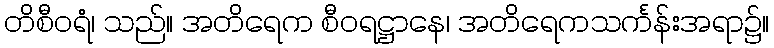
တိစီဝရံ၊ သည်။ အတိရေက စီဝရဋ္ဌာနေ၊ အတိရေကသင်္ကန်းအရာ၌။